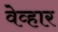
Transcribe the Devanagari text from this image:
वेव्हार